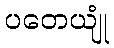
ပတေယျုံ